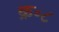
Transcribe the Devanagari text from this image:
क्र॰८